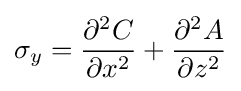
\sigma _{y}={\frac {\partial ^{2}C}{\partial x^{2}}}+{\frac {\partial ^{2}A}{\partial z^{2}}}